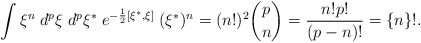
\begin{align*}\int \xi ^n\;d^p\xi \;d^p\xi ^{*}\;e^{-\frac 12[\xi ^{*},\xi ]}\;(\xi^{*})^n=(n!)^2 {p \choose n} =\frac{n!p!}{(p-n)!}=\{n\}!.\end{align*}